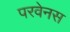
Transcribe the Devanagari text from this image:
परवेनस